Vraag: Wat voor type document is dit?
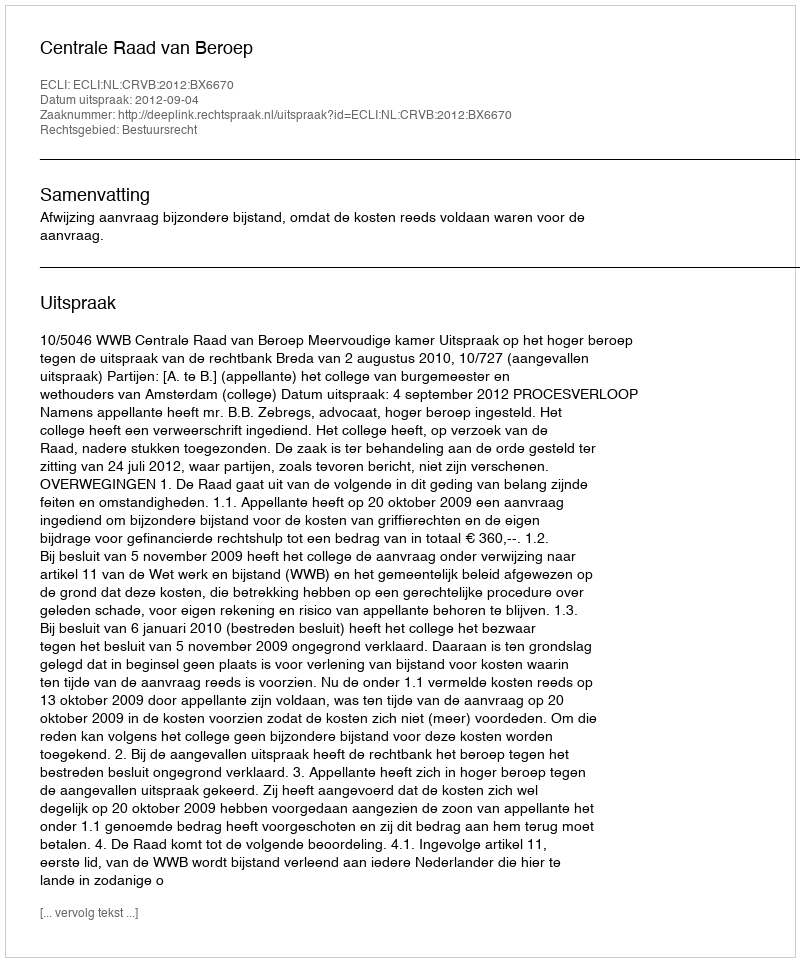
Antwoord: Uitspraak